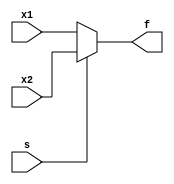
// Behavioral specification
module example5 (input x1, x2, s, output reg f);

	always @(x1, x2, s)
		if (s == 0)
			f = x1;
		else
			f = x2;

endmodule